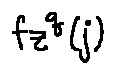
f _ { z } ^ { q } ( j )